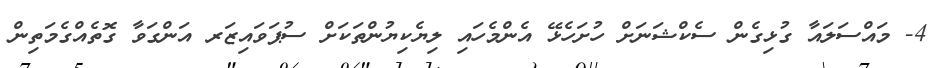
4- މައްސަލައާ ގުޅިގެން ސެކްޝަނަށް ހުށަހެޅޭ އެންމެހައި ލިޔެކިޔުންތަކަށް ސުޕަވައިޒަރ އަންގަވާ ގޮތެއްގެމަތިން